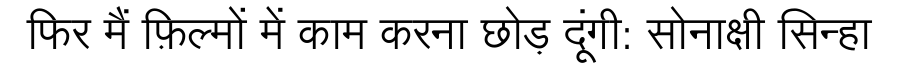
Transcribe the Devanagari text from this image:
फिर मैं फ़िल्मों में काम करना छोड़ दूंगी: सोनाक्षी सिन्हा